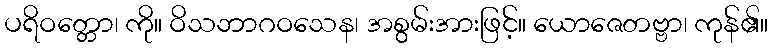
ပရိဝတ္တော၊ ကို။ ဝိသဘာဂဝသေန၊ အစွမ်းအားဖြင့်။ ယောဇေတဗ္ဗာ၊ ကုန်၏။